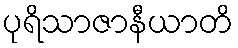
ပုရိသာဇာနီယာတိ